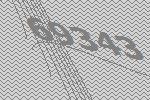
69343